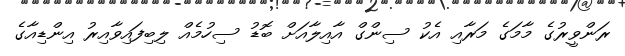
ރަންވީރުގެ މާމަގެ މަރާއި އެކު ސިންގް އާއިލާއަށް ބޮޑު ސިހުމެއް ލިބިފައިވާއިރު އިންޑިއާގެ